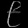
Digit: ၉